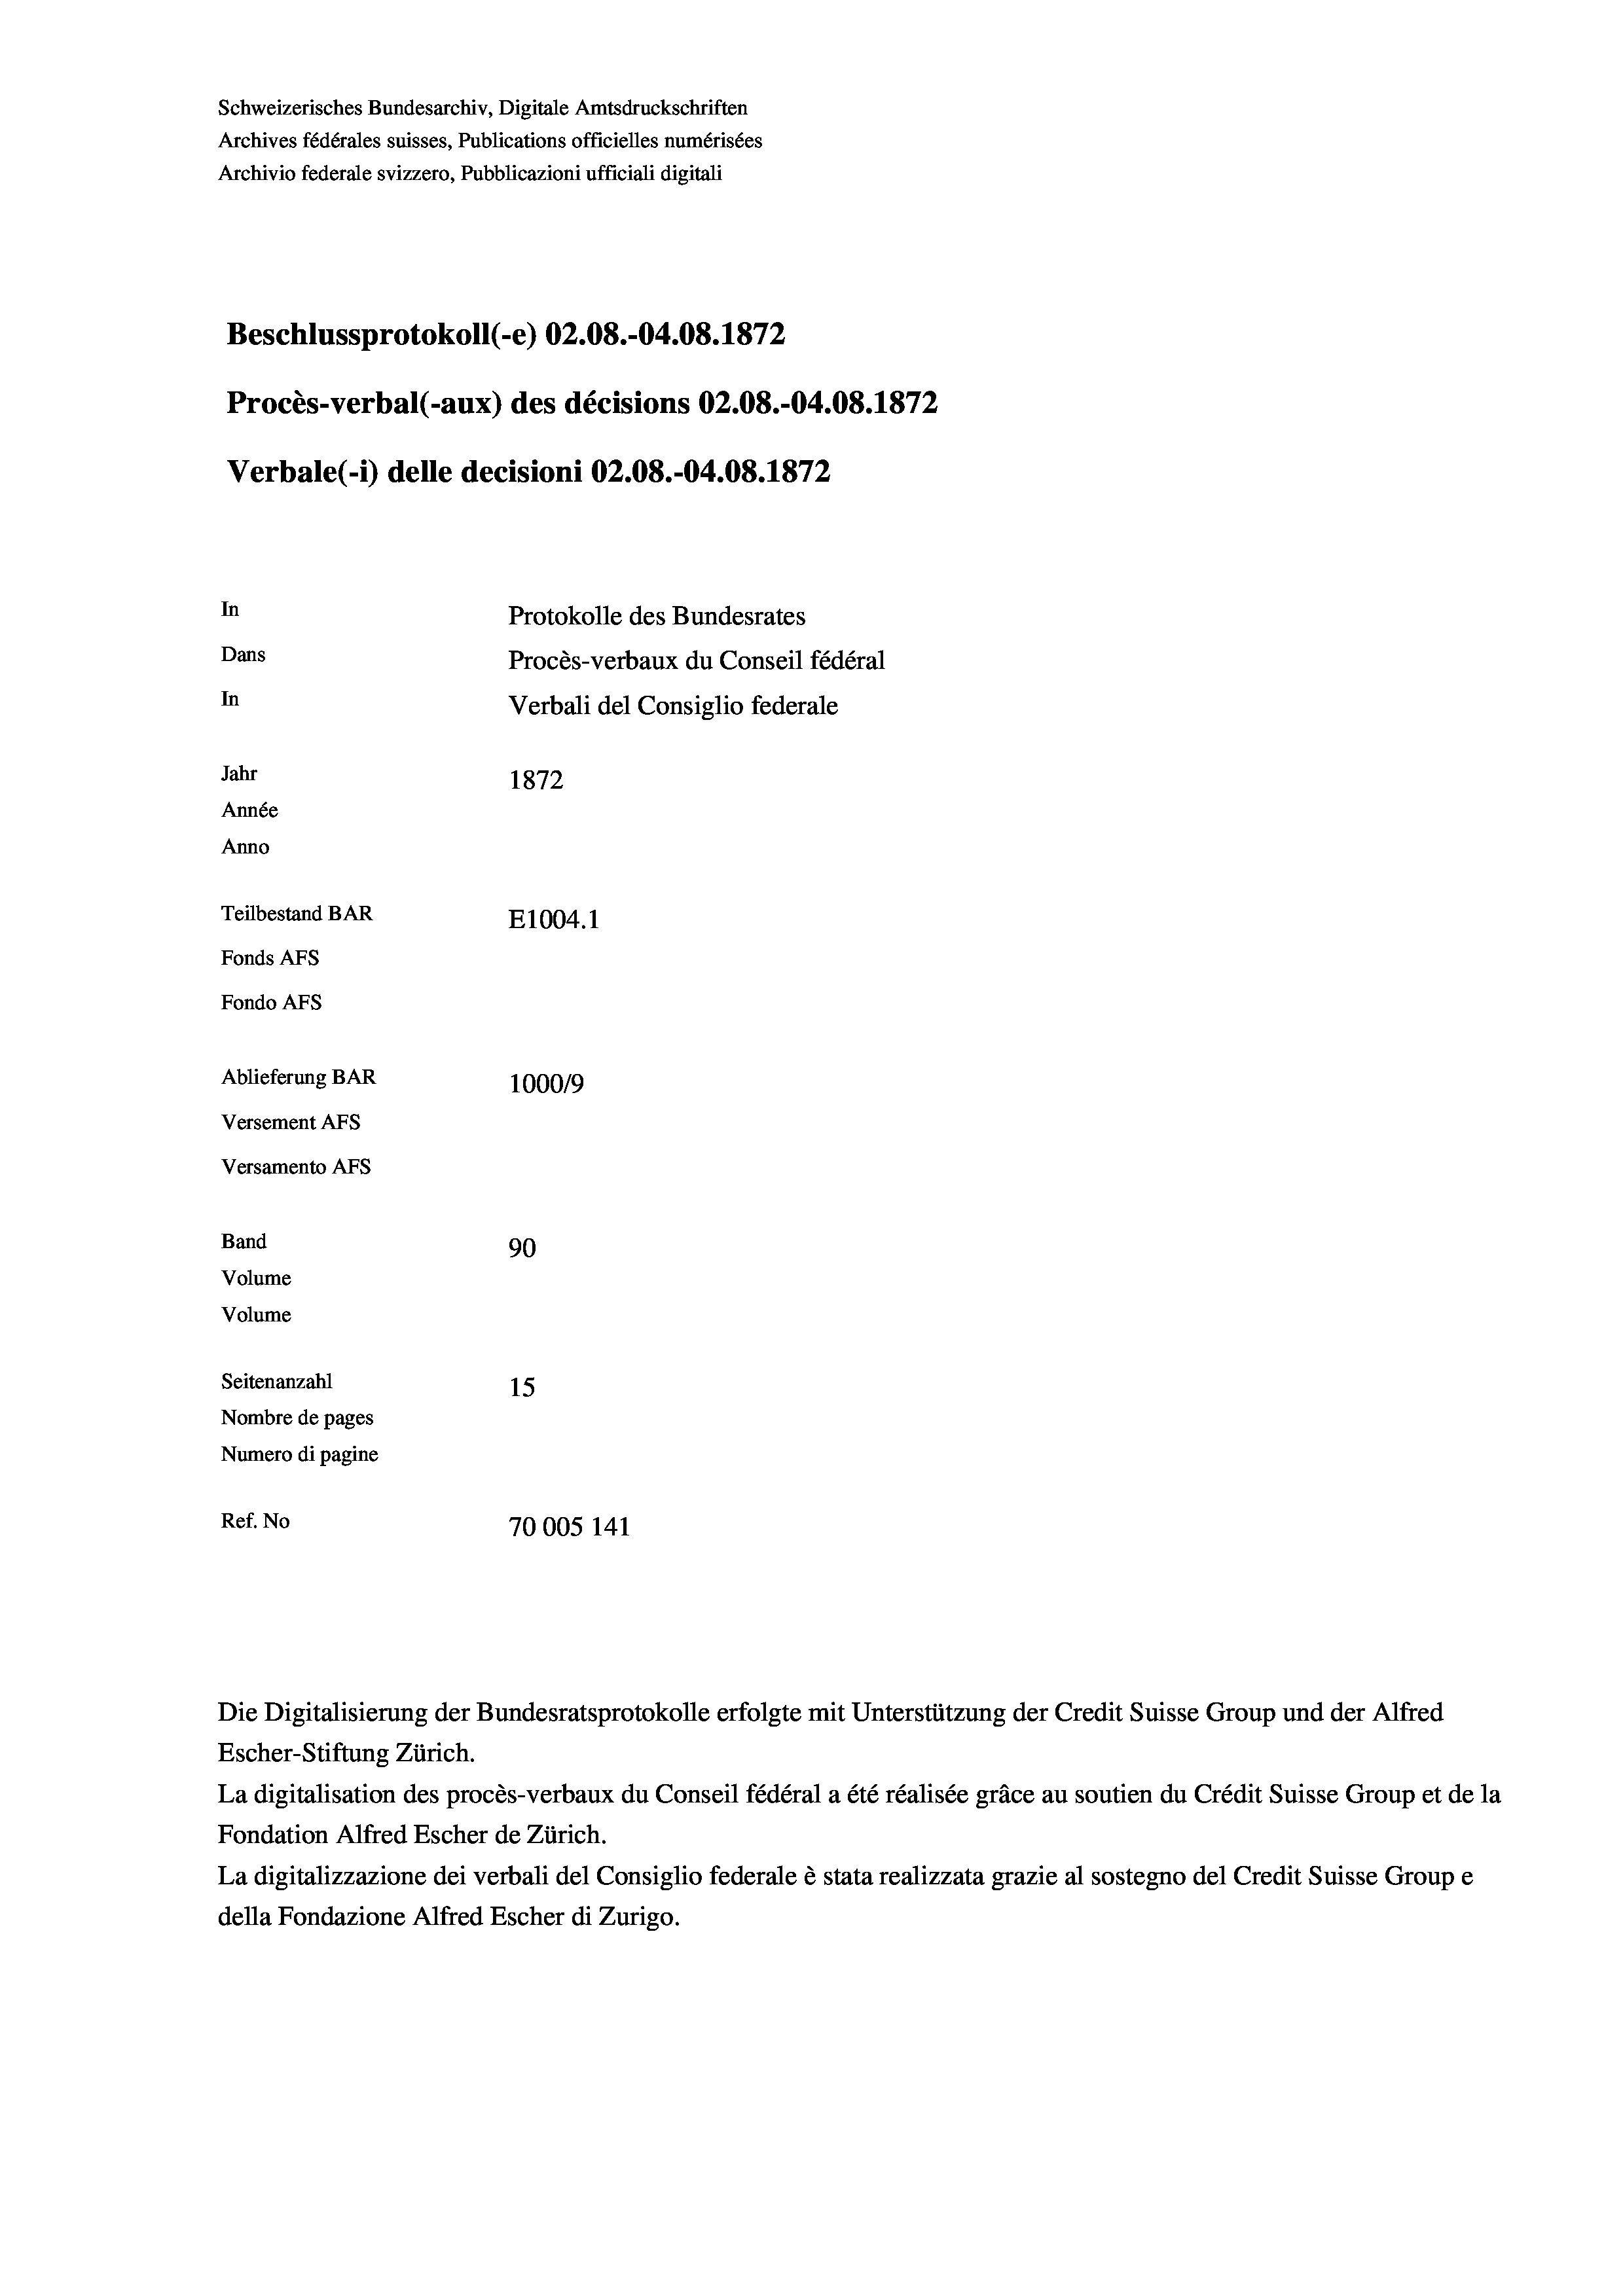
Schweizerisches Bundesarchiv, Digitale Amtsdruckschriften
Archives fédérales suisses, Publications officielles numérisées
Archivio federale svizzero, Pubblicazioni ufficiali digitali
Beschlussprotokoll (-e) 02.08.-04.08. 1872
Procès-verbal (-aux) des décisions 02.08.-04.08. 1872
Verbale (1) delle decisioni 02.08.-04.08. 1872
In
Protokolle des Bundesrates
Dans
Procès-verbaux du Conseil fédéral
In
Verbali del Consiglio federale
Jahr
1872
Année
Anno
Teilbestand BAR
E1004. 1
Fonds AFs
Fondo Afs
Ablieferung BAR
100019
Versement AFs
Versamento AFs
Band
90
Volume
Volume
Seitenanzahl
15
Nombre de pages
Numero di pagine
Ref. No
70005 141

Escher-Stiftung Zürich.
La digitalisation des procès-verbaux du Conseil fédéral a été réalisée gräce au soutien du Crédit Suisse Group et de la
Fondation Alfred Escher de Zürich.
La digitalizzazione dei verbali del Consiglio federale è stata realizzata grazie al sostegno del Credit Suisse Groupe
della Fondazione Alfred Escher di Zurigo.

Die Digitalisierung der Bundesratsprotokolle erfolgte mit Unterstützung der Credit Suisse Group und der Alfred